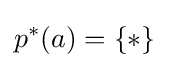
p^{*}(a)=\{*\}